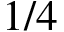
1 / 4